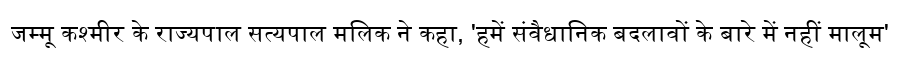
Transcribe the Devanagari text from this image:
जम्मू कश्मीर के राज्यपाल सत्यपाल मलिक ने कहा, 'हमें संवैधानिक बदलावों के बारे में नहीं मालूम'